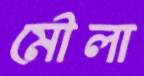
মৌলা